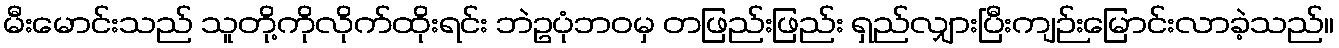
မီးမောင်းသည် သူတို့ကိုလိုက်ထိုးရင်း ဘဲဥပုံဘဝမှ တဖြည်းဖြည်း ရှည်လျှားပြီးကျဉ်းမြောင်းလာခဲ့သည်။